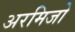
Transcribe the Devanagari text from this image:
अरमिजो